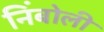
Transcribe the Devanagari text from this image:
निंबोली